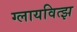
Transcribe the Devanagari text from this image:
ग्लायवित्झ